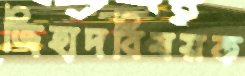
জিহাদবিষয়ক